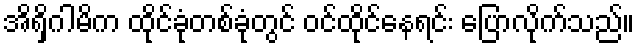
အိရှိဂါမိက ထိုင်ခုံတစ်ခုံတွင် ဝင်ထိုင်နေရင်း ပြောလိုက်သည်။